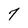
Character: 7